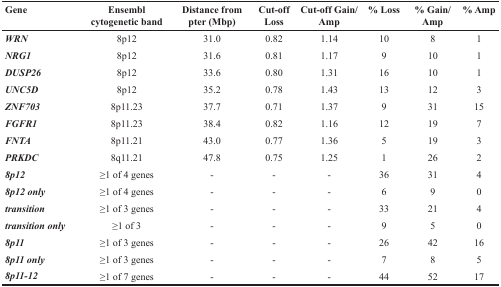
<table><thead><tr><td><b>Gene</b></td><td><b>Ensembl cytogenetic band</b></td><td><b>Distance from pter (Mbp)</b></td><td><b>Cut-off Loss</b></td><td><b>Cut-off Gain/Amp</b></td><td><b>% Loss</b></td><td><b>% Gain/Amp</b></td><td><b>% Amp</b></td></tr></thead><tbody><tr><td><b><i>WRN</i></b></td><td>8p12</td><td>31.0</td><td>0.82</td><td>1.14</td><td>10</td><td>8</td><td>1</td></tr><tr><td><b><i>NRG1</i></b></td><td>8p12</td><td>31.6</td><td>0.81</td><td>1.17</td><td>9</td><td>10</td><td>1</td></tr><tr><td><b><i>DUSP26</i></b></td><td>8p12</td><td>33.6</td><td>0.80</td><td>1.31</td><td>16</td><td>10</td><td>1</td></tr><tr><td><b><i>UNC5D</i></b></td><td>8p12</td><td>35.2</td><td>0.78</td><td>1.43</td><td>13</td><td>12</td><td>3</td></tr><tr><td><b><i>ZNF703</i></b></td><td>8p11.23</td><td>37.7</td><td>0.71</td><td>1.37</td><td>9</td><td>31</td><td>15</td></tr><tr><td><b><i>FGFR1</i></b></td><td>8p11.23</td><td>38.4</td><td>0.82</td><td>1.16</td><td>12</td><td>19</td><td>7</td></tr><tr><td><b><i>FNTA</i></b></td><td>8p11.21</td><td>43.0</td><td>0.77</td><td>1.36</td><td>5</td><td>19</td><td>3</td></tr><tr><td><b><i>PRKDC</i></b></td><td>8q11.21</td><td>47.8</td><td>0.75</td><td>1.25</td><td>1</td><td>26</td><td>2</td></tr><tr><td><b><i>8p12</i></b></td><td>≥1 of 4 genes</td><td>-</td><td>-</td><td>-</td><td>36</td><td>31</td><td>4</td></tr><tr><td><b><i>8p12 only</i></b></td><td>≥1 of 4 genes</td><td>-</td><td>-</td><td>-</td><td>6</td><td>9</td><td>0</td></tr><tr><td><b><i>transition</i></b></td><td>≥1 of 3 genes</td><td>-</td><td>-</td><td>-</td><td>33</td><td>21</td><td>4</td></tr><tr><td><b><i>transition only</i></b></td><td>≥1 of 3</td><td>-</td><td>-</td><td>-</td><td>9</td><td>5</td><td>0</td></tr><tr><td><b><i>8p11</i></b></td><td>≥1 of 3 genes</td><td>-</td><td>-</td><td>-</td><td>26</td><td>42</td><td>16</td></tr><tr><td><b><i>8p11 only</i></b></td><td>≥1 of 3 genes</td><td>-</td><td>-</td><td>-</td><td>7</td><td>8</td><td>5</td></tr><tr><td><b><i>8p11-12</i></b></td><td>≥1 of 7 genes</td><td>-</td><td>-</td><td>-</td><td>44</td><td>52</td><td>17</td></tr></tbody></table>